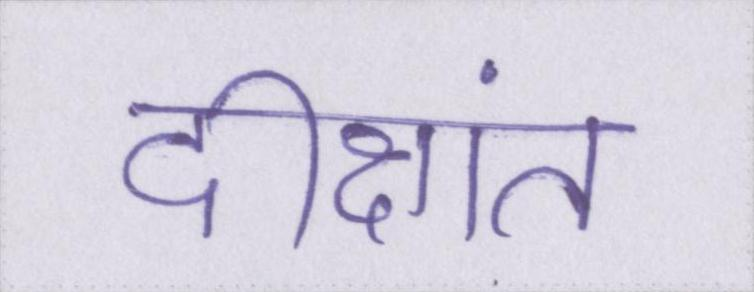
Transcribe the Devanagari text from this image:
दीक्षांत